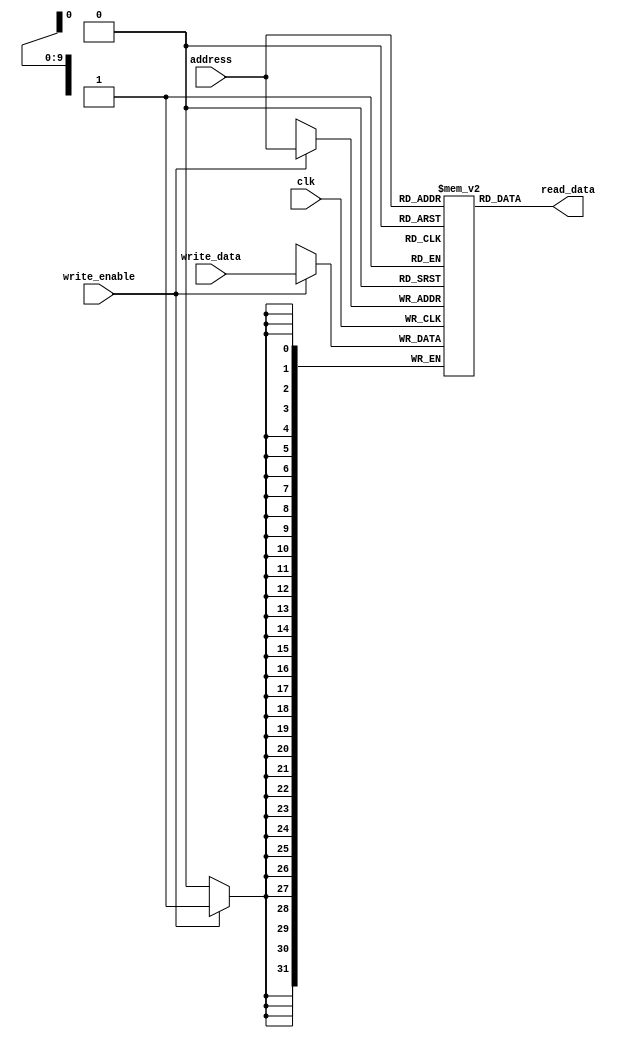
module MemoryBlock(
    input wire clk,
    input wire [9:0] address,
    input wire [31:0] write_data,
    input wire write_enable,
    output reg [31:0] read_data
);

// Memory array
reg [31:0] mem_array [1023:0];

// Data buffer
reg [31:0] data_buffer;

// Address decoding logic
assign read_data = mem_array[address];

// Control logic
always @ (posedge clk) begin
    if(write_enable)
        mem_array[address] <= write_data;
end

endmodule